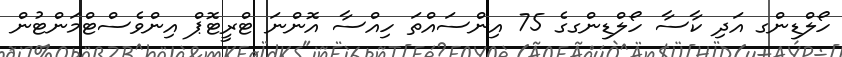
ހޯލްޑިންގ އަދި ކާސާ ހޯލްޑިންގގެ 75 އިންސައްތަ ހިއްސާ އޮންނަ ޓްރީޓޮޕް އިންވެސްޓްމަންޓުން